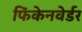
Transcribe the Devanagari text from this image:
फिंकेनवेर्डर